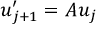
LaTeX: u _ { j + 1 } ^ { \prime } = A u _ { j }